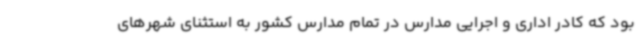
بود که کادر اداری و اجرایی مدارس در تمام مدارس کشور به استثنای شهرهای